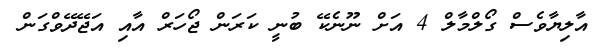
އާލިޔާވެސް ގޯލްމާލް 4 އަށް ނޫނެކޭ ބުނީ ކަރަން ޖޯހަރް އާއި އަޖޭދޭވްގަން